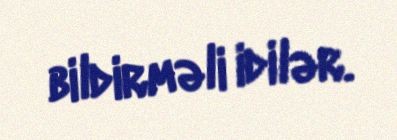
bildirməli idilər.